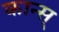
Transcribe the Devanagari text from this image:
कान्स्